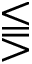
\lesseqqgtr